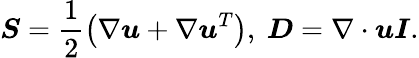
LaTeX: \boldsymbol{S}=\frac{1}{2}\left(\nabla\boldsymbol{u}+\nabla\boldsymbol{u}^{T}\right),~\boldsymbol{D}=\nabla\cdot\boldsymbol{u}\boldsymbol{I}.